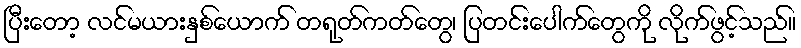
ပြီးတော့ လင်မယားနှစ်ယောက် တရုတ်ကတ်တွေ၊ ပြတင်းပေါက်တွေကို လိုက်ဖွင့်သည်။